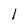
Character: 1